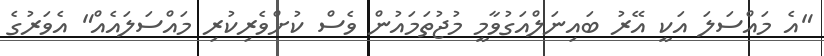
"އެ މައްސަލަ އަކީ އޭރު ބައިނަލްއަގުވާމީ މުޖުތަމައުން ވެސް ކުށްވެރިކުރި މައްސަލައެއް" އެވަރުގެ